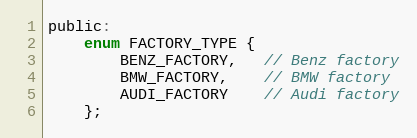
Language: C
public:
    enum FACTORY_TYPE {
        BENZ_FACTORY,   // Benz factory
        BMW_FACTORY,    // BMW factory
        AUDI_FACTORY    // Audi factory
    };